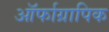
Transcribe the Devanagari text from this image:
ऑर्फाग्रापिक